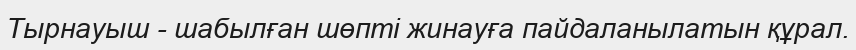
Тырнауыш - шабылған шөпті жинауға пайдаланылатын құрал.